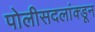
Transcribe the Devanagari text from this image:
पोलीसदलांक्डून